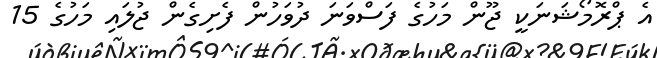
އެ ޕްރޮމޯޝަނަކީ ޖޫން މަހުގެ ފަސްވަނަ ދުވަހުން ފެށިގެން ޖުލައި މަހުގެ 15